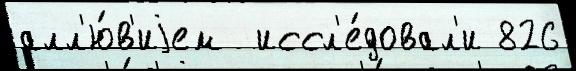
алл'ю́в'иjем  иссл'е́довал'и 826